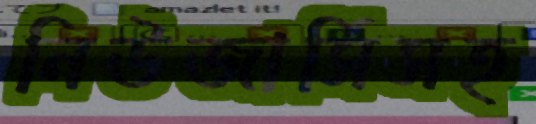
নিউজার্সিসহ